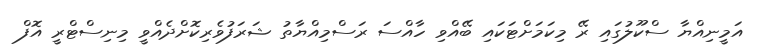
އަމީނިއްޔާ ސްކޫލުގައި ރޭ މިކަމަށްޓަކައި ބޭއްވި ހާއްސަ ރަސްމިއްޔާތު ޝަރަފުވެރިކޮށްދެއްވީ މިނިސްޓްރީ އޮފް